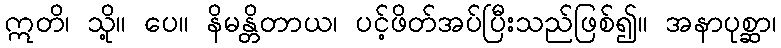
ဣတိ၊ သို့။ ပေ။ နိမန္တိတာယ၊ ပင့်ဖိတ်အပ်ပြီးသည်ဖြစ်၍။ အနာပုစ္ဆာ၊